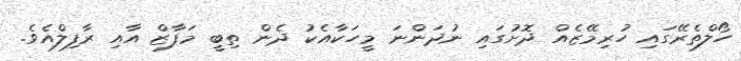
ހޯލްތެރޭގައި ހުރިމޭޒެއް ދޮށުގައި ނުދަންނަ މީހަކާއެކު ދެން ތިބީ މަފާޒް އާއި ރާފިލްއެވެ.